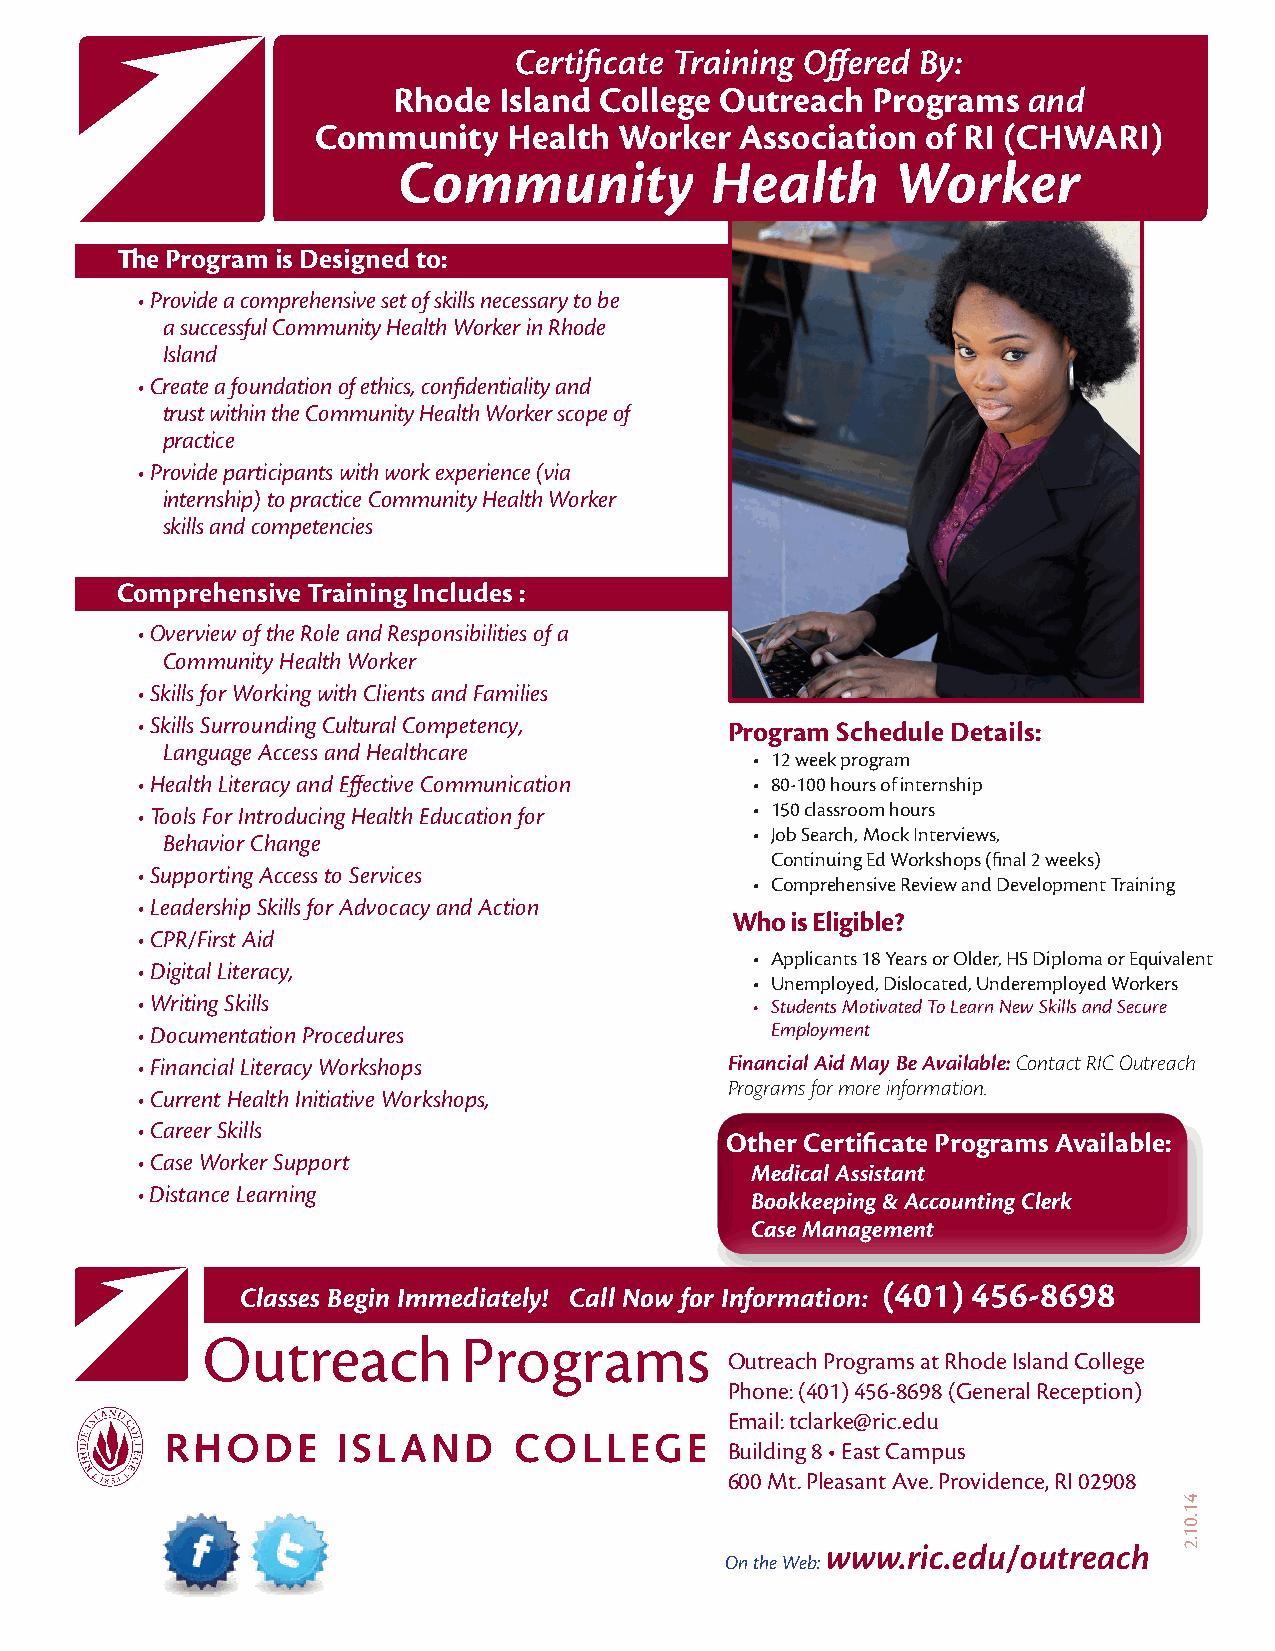
Certificate Training Offered By:
 Rhode  Island College Outreach  Programs  and
 Community    Health Worker  Association of RI (CHWARI)
 Community            Health      Worker
 The Program is Designed to:
 • P rovide a comprehensive set of skills necessary to be
 a successful Community Health Worker in Rhode
 Island
 • C reate a foundation of ethics, confidentiality and
 trust within the Community Health Worker scope of
 practice
 • P rovide participants with work experience (via
 internship) to practice Community Health Worker
 skills and competencies
 Comprehensive Training Includes :
 • Overview of the Role and Responsibilities of a
 Community Health Worker
 • Skills for Working with Clients and Families
 • Skills Surrounding Cultural Competency, Program Schedule Details:
 Language Access and Healthcare
 • 12 week program
 • Health Literacy and Effective Communication • 80-100 hours of internship
 • Tools For Introducing Health Education for • 150 classroom hours
 • Job Search, Mock Interviews,
 Behavior Change
 Continuing Ed Workshops (final 2 weeks)
 • Supporting Access to Services
 • Comprehensive Review and Development Training
 • Leadership Skills for Advocacy and Action
 Who is Eligible?
 • CPR/First Aid
 • Applicants 18 Years or Older, HS Diploma or Equivalent
 • Digital Literacy,
 • Unemployed, Dislocated, Underemployed Workers
 • Writing Skills                         • Students Motivated To Learn New Skills and Secure
 • Documentation Procedures                Employment
 • Financial Literacy Workshops         Financial Aid May Be Available: Contact RIC Outreach
 Programs for more information.
 • Current Health Initiative Workshops,
 • Career Skills
 Other Certificate Programs Available:
 • Case Worker Support
 Medical Assistant
 • Distance Learning
 Bookkeeping & Accounting Clerk
 Case Management
 (401) 456-8698
 Classes Begin Immediately! Call Now for Information:
 Outreach Programs at Rhode Island College
 Phone: (401) 456-8698 (General Reception)
 Email: tclarke@ric.edu
 Building 8 • East Campus
 600 Mt. Pleasant Ave. Providence, RI 02908
 www.ric.edu/outreach
 On the Web:
 41.01.2